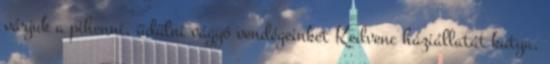
várjuk a pihenni, üdülni vágyó vendégeinket Kedvenc háziállatát kutya,